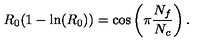
R _ { 0 } ( 1 - \ln ( R _ { 0 } ) ) = \cos \left( \pi \frac { N _ { f } } { N _ { c } } \right) .